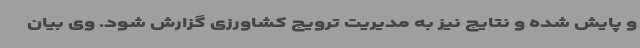
و پایش شده و نتایج نیز به مدیریت ترویج کشاورزی گزارش شود. وی بیان